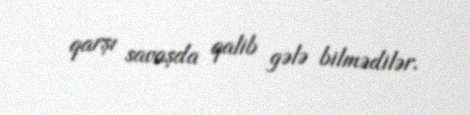
qarşı savaşda qalib gələ bilmədilər.